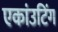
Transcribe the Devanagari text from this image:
एकांउटिंग